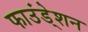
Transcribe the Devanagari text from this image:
फाउंडे्शन